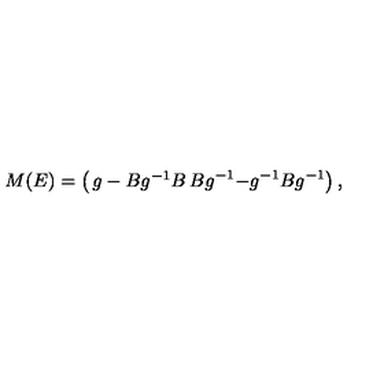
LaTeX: M ( E ) = \left( \begin{matrix} { g - B g ^ { - 1 } B } & { B g ^ { - 1 } } \\ { - g ^ { - 1 } B } & { g ^ { - 1 } } \\ \end{matrix} \right) ,